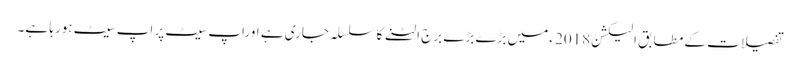
تفصیلات کے مطابق الیکشن2018 ءمیں بڑے بڑے برج الٹنے کا سلسلہ جاری ہے اوراپ سیٹ پر اپ سیٹ ہورہا ہے۔